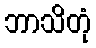
ဘာသိတုံ